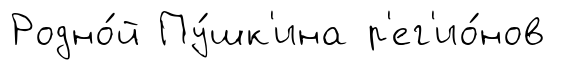
Родно́й Пу́шк'ина р'ег'ио́нов